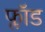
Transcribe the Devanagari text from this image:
फ्लॉड